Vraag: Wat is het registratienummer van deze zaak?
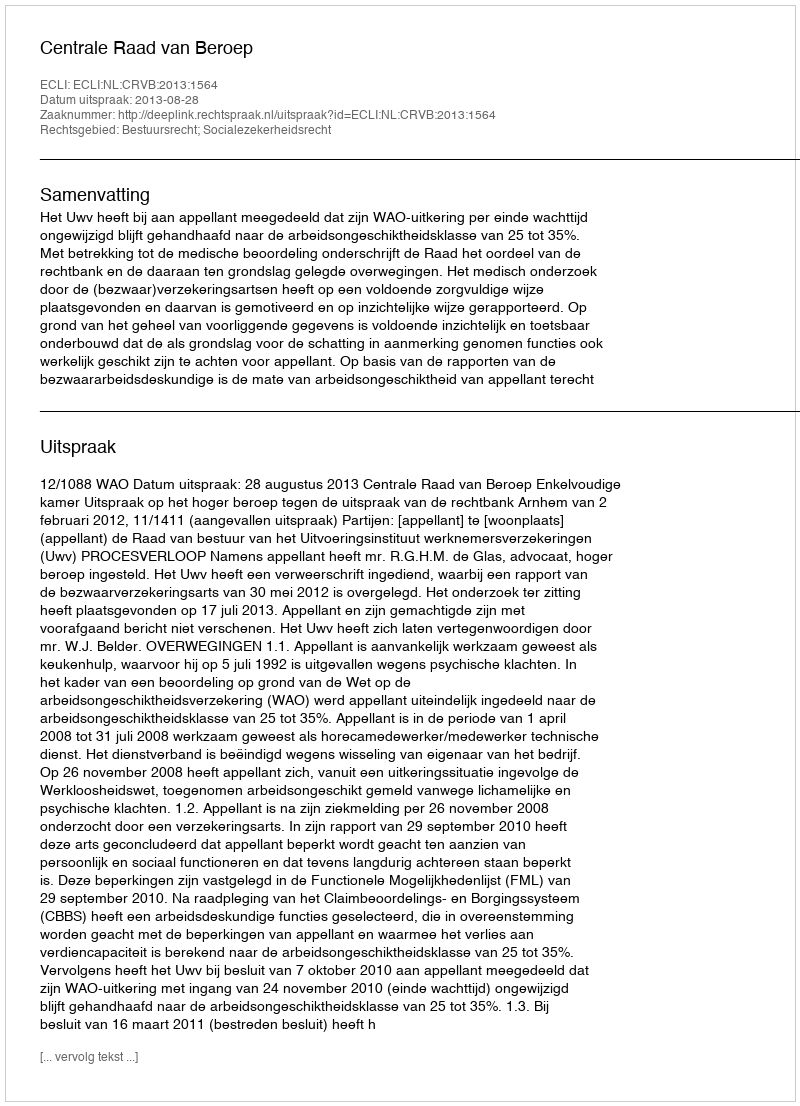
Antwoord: http://deeplink.rechtspraak.nl/uitspraak?id=ECLI:NL:CRVB:2013:1564